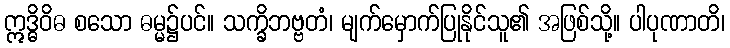
ဣဒ္ဓိဝိဓ စသော ဓမ္မ၌ပင်။ သက္ခိဘဗ္ဗတံ၊ မျက်မှောက်ပြုနိုင်သူ၏ အဖြစ်သို့။ ပါပုဏာတိ၊